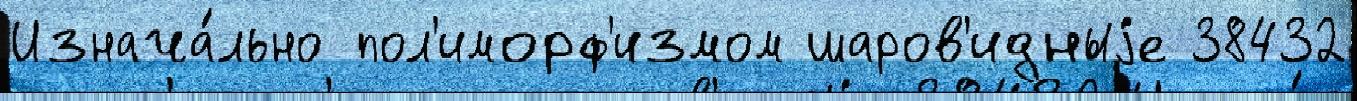
Изнача́льно пол'иморф'измом шаров'идныjе 38432